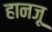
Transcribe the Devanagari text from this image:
हानज़ू